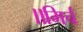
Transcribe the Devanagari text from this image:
॥मिर्च